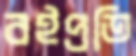
বইপ্রতি